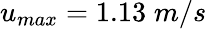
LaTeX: u_{max}=1.13\; m/s